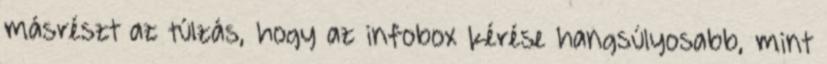
másrészt az túlzás, hogy az infobox kérése hangsúlyosabb, mint